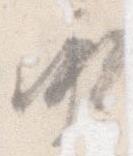
承